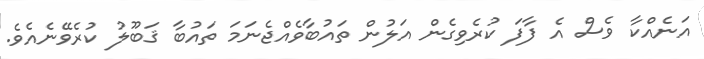
އަނެއްކާ ވެސް އެ ފާފަ ކުރެވިގެން އަލުން ތައުބާވެއްޖެނަމަ ތައުބާ ޤަބޫލު ކުރެވޭނެއެވެ.